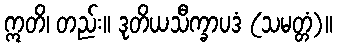
ဣတိ၊ တည်း။ ဒုတိယသီက္ခာပဒံ (သမတ္တံ)။